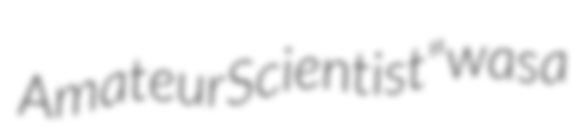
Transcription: Amateur Scientist" was a